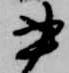
書